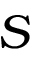
S